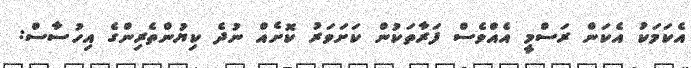
އެކަމަކު އެކަން ރަސްމީ އެއްވެސް ފަރާތަކުން ކަށަވަރު ކޮށެއް ނުދެ ކިޔުންތެރިންގެ އިހުސާސް: